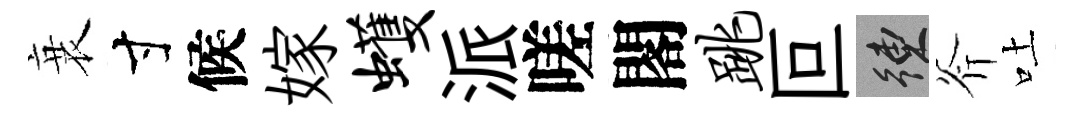
衰寸候嫁蠖派嗟閣跳叵練斧吐